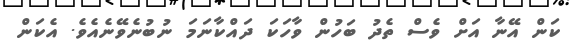
ކަން އޭނާ އަށް ވެސް ތެދު ބަހުން ވާހަކަ ދައްކާނަމަ ނުބުނެވޭނެއެވެ. އެކަން